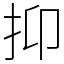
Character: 抑